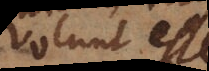
volunt esse